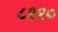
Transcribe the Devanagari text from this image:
८११०